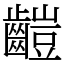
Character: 䶣